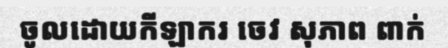
ចូលដោយកីឡាករ ចេវ សុភាព ពាក់